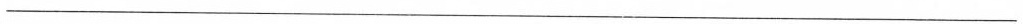
___